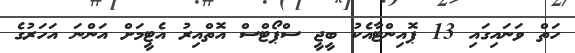
ހަތް ވަނައިގައި 13 ޕޮއިންޓާއެކު ބީޖީ ސްޕޯޓްސް އޮތްއިރު އެޓީމަށް އަންނަ އަހަރުގެ